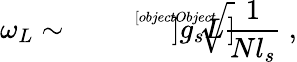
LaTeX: \omega_{L}\sim\sqrt[[objectObject]]]{g_{s}L}{\frac{1}{Nl_{s}}}~,